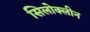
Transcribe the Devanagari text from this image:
सिलोक्लीन